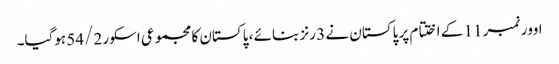
اوور نمبر 11 کے اختتام پر پاکستان نے 3 رنز بنائے ، پاکستان کا مجموعی اسکور 54/2 ہوگیا۔